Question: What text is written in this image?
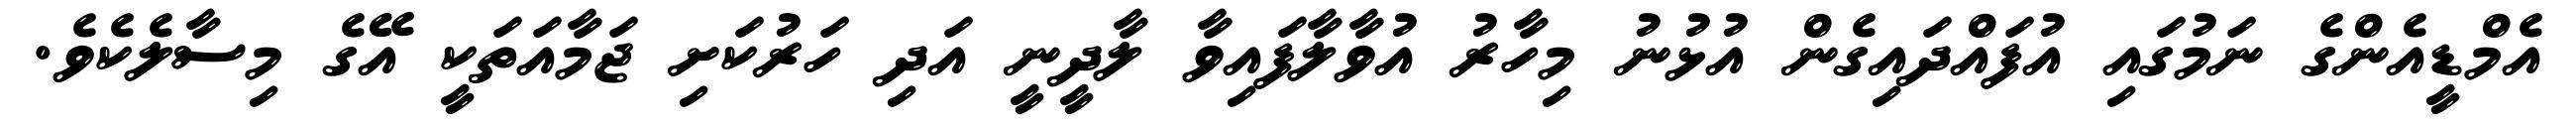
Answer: އެމްޑީއެންގެ ނަމުގައި އުފައްދައިގެން އުޅުނު މިހާރު އުވާލާފައިވާ ލާދީނީ އަދި ހަރުކަށި ޖަމާއަތަކީ އޭގެ މިސާލެކެވެ.